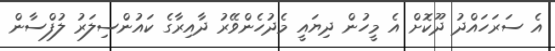
އެ ސަރަހައްދު ދޫކޮށް އެ މީހުން ދިޔައީ މެދުހެންވޭރު ދާއިރާގެ ކައުންސިލަރު ލުފްސާން